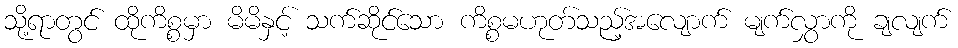
သို့ရာတွင် ထိုကိစ္စမှာ မိမိနှင့် သက်ဆိုင်သော ကိစ္စမဟုတ်သည့်အလျောက် မျက်လွှာကို ချလျက်